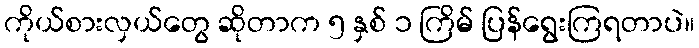
ကိုယ်စားလှယ်တွေ ဆိုတာက ၅ နှစ် ၁ ကြိမ် ပြန်ရွေးကြရတာပဲ။